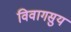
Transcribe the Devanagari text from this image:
विवागसुय